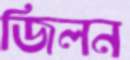
জিলন